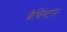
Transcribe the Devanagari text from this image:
बैबिंग्टन